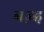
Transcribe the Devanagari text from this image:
नज़्द